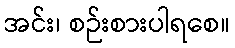
အင်း၊ စဉ်းစားပါရစေ။